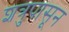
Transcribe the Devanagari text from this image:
शत्रुपासून